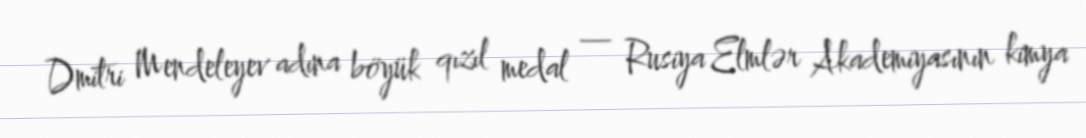
Dmitri Mendeleyev adına böyük qızıl medal — Rusiya Elmlər Akademiyasının kimya